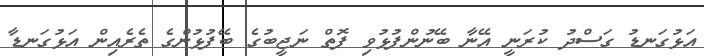
އަޅުގަނޑު ގަސްދު ކުރަނީ އޭނާ ބޭނުންފުޅުވި ފޮތް ނަޖީބުގެ ބޭފުޅުންގެ ތެރެއިން އަޅުގަނޑާ